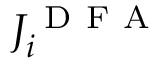
J _ { i } ^ { \mathrm { ~ D ~ F ~ A ~ } }